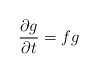
\begin{align*}\frac{\partial g}{\partial t}=fg\end{align*}